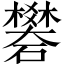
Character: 礬